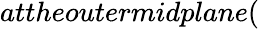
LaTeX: attheoutermidplane(